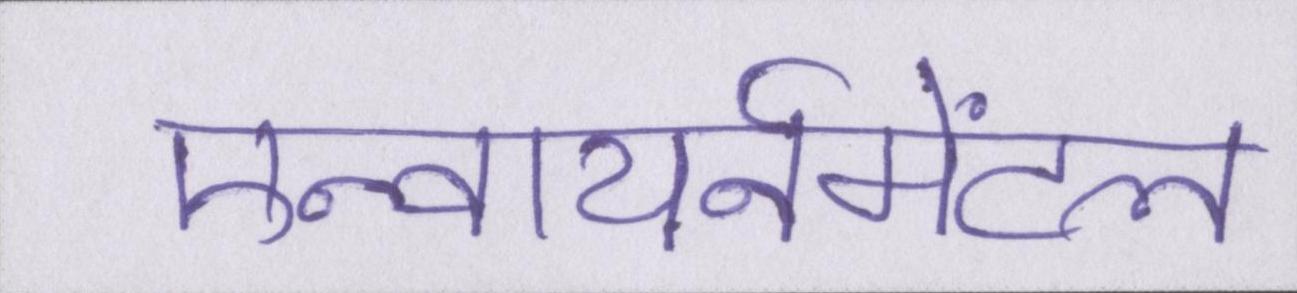
एन्वायर्नमेंटल